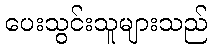
ပေးသွင်းသူများသည်